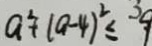
a ^ { 2 } + ( a - 4 ) ^ { 2 } \leq 9